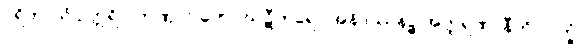
ပရိတာသံ ဥတ္တရိပိ တဏှာဂ္ဂါဟော ဃဋီကရော အနိဒဿနဉ္စ အတ္ထရဏာနီတိ လက္ခံ